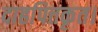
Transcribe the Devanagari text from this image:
दाहपित्तकृत।